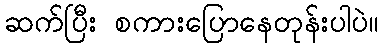
ဆက်ပြီး စကားပြောနေတုန်းပါပဲ။